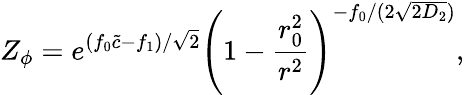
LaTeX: Z_{\phi}=e^{(f_{0}\tilde{c}-f_{1})/\sqrt{2}}\left(1-\frac{r_{0}^{2}}{r^{2}}\right)^{-f_{0}/(2\sqrt{2D_{2}})},